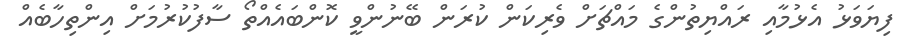
ފިޔަވަޅު އެޅުމާއި ރައްޔިތުންގެ މައްޗަށް ވެރިކަން ކުރަން ބޭނުންވީ ކޮންބައެއްތޯ ސާފުކުރުމަށް އިންތިހާބެއް